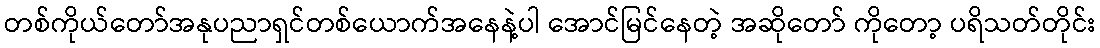
တစ်ကိုယ်တော်အနုပညာရှင်တစ်ယောက်အနေနဲ့ပါ အောင်မြင်နေတဲ့ အဆိုတော် ကိုတော့ ပရိသတ်တိုင်း